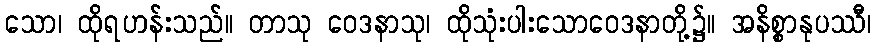
သော၊ ထိုရဟန်းသည်။ တာသု ဝေဒနာသု၊ ထိုသုံးပါးသောဝေဒနာတို့၌။ အနိစ္စာနုပဿီ၊